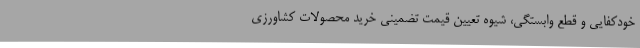
خودکفایی و قطع وابستگی، شیوه تعیین قیمت تضمینی خرید محصولات کشاورزی